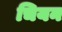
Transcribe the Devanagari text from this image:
चियन